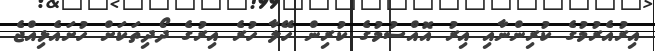
އިރުއެރުމުގެ ކުރިންނާއި އިރު އޮއްސުމުގެ ކުރިން ހޭލާ ހުރެ އިރުގެ ދޯދިތަކަށް ހުށައެޅިއްޖެ